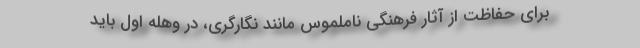
برای حفاظت از آثار فرهنگی ناملموس مانند نگارگری، در وهله اول باید